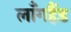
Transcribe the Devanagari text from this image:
लाँगहैंड